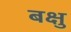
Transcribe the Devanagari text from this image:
बक्षु